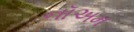
નૉઅમ